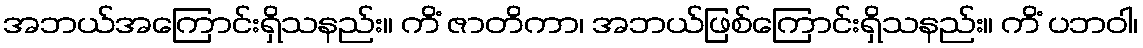
အဘယ်အကြောင်းရှိသနည်း။ ကိံ ဇာတိကာ၊ အဘယ်ဖြစ်ကြောင်းရှိသနည်း။ ကိံ ပဘဝါ၊